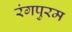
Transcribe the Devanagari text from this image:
रंगपुरम